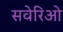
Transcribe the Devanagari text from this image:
सवेरिओ